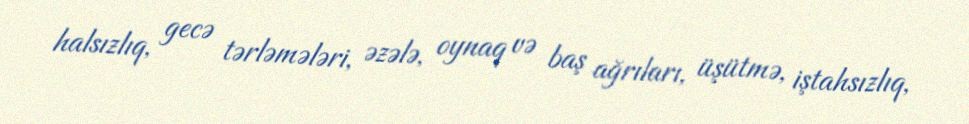
halsızlıq, gecə tərləmələri, əzələ, oynaq və baş ağrıları, üşütmə, iştahsızlıq,